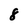
Character: 8